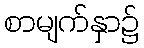
စာမျက်နှာ၌